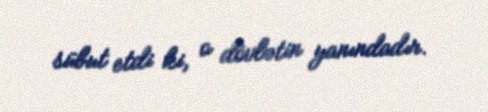
sübut etdi ki, o dövlətin yanındadır.